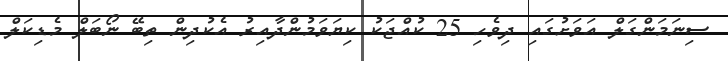
ސިނަމަންގަލް އަވަށުގައި ދިވެހި 25 ކުއްޖަކު ކިޔަވަމުންދާއިރު އެކުދިން ތިބޭ ނޯބަލް މެޑިކަލް